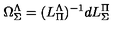
\Omega _ { \Sigma } ^ { \Lambda } = ( L _ { \Pi } ^ { \Lambda } ) ^ { - 1 } d L _ { \Sigma } ^ { \Pi }